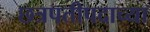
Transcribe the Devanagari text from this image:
छत्रपतीपदाच्या